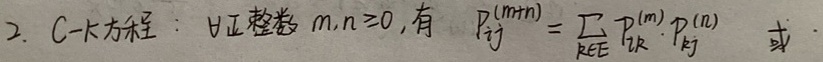
2. C - K方程：  $\forall$正整数$m,n\geq0$，有
\[P_{ij}^{(m + n)}=\sum_{k\in E}P_{ik}^{(m)}\cdot P_{kj}^{(n)}\] 或